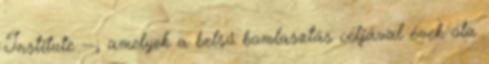
Institute --, amelyek a belső bomlasztás céljával évek óta